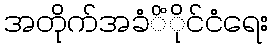
အတိုက်အခံိံိုင်ငံရေး